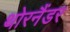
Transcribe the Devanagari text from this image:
थोरनैंडर